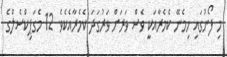
މި ފޯނުގައި ހިމެނޭ ކެމެރާއަކީ ވެސް ވަރަށް ވަރުގަދަަ ކެމެރާއެކެވެ. 12 މެގަޕިކްސެލްގެ